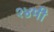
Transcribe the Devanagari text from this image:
१४मी